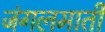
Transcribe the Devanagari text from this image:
जंगलमाती